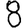
Digit: 8